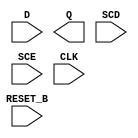
module sky130_fd_sc_lp__sdfrtp_ov2 (
    //# {{data|Data Signals}}
    input  D      ,
    output Q      ,

    //# {{control|Control Signals}}
    input  RESET_B,

    //# {{scanchain|Scan Chain}}
    input  SCD    ,
    input  SCE    ,

    //# {{clocks|Clocking}}
    input  CLK
);

    // Voltage supply signals
    supply1 VPWR;
    supply0 VGND;
    supply1 VPB ;
    supply0 VNB ;

endmodule